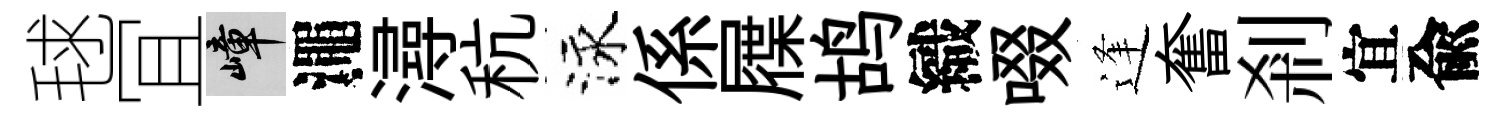
毬冝嶂澠潯秔泳係屧鸪織啜逢奮剎宜兪